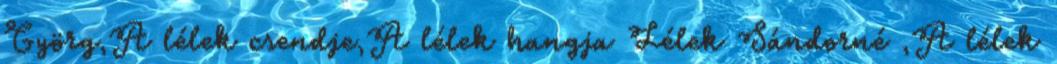
Györg,A lélek csendje,A lélek hangja Lélek Sándorné ,A lélek